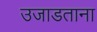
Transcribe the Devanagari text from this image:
उजाडताना